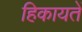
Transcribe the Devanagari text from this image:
हिकायतें